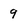
Character: 9